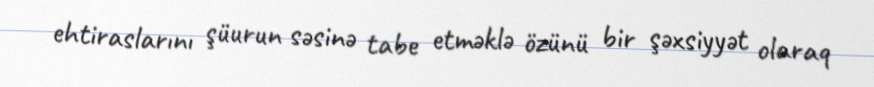
ehtiraslarını şüurun səsinə tabe etməklə özünü bir şəxsiyyət olaraq